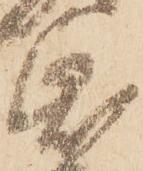
帋